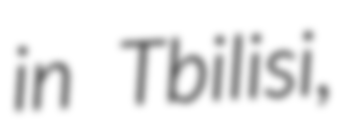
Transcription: in Tbilisi,